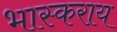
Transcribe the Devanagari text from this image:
भास्कराय